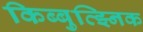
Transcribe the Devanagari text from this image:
किब्बुत्झ्निक